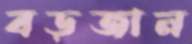
বড়জান